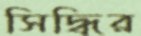
সিদ্ধির